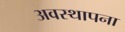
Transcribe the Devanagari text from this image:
अवस्‍थापना